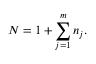
N = 1 + \sum _ { j = 1 } ^ { m } { { { n } _ { j } } } .